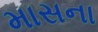
માસના